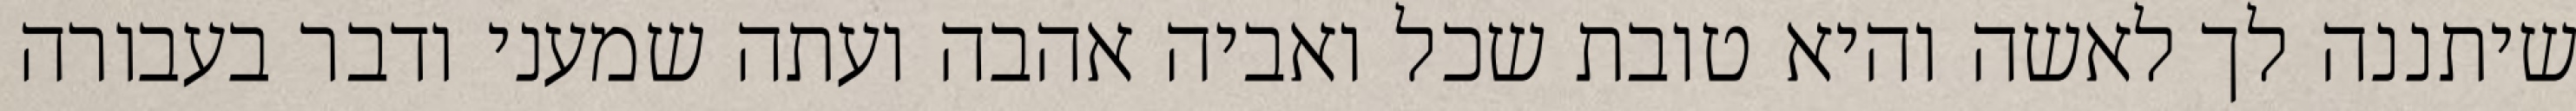
שיתננה לך לאשה והיא טובת שכל ואביה אהבה ועתה שמעני ודבר בעבורה